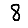
Digit: 8